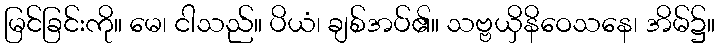
မြင်ခြင်းကို။ မေ၊ ငါသည်။ ပိယံ၊ ချစ်အပ်၏။ သဗ္ဗယှိနိဝေသနေ၊ အိမ်၌။